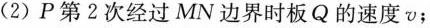
(2)P第2次经过MN边界时板Q的速度v；